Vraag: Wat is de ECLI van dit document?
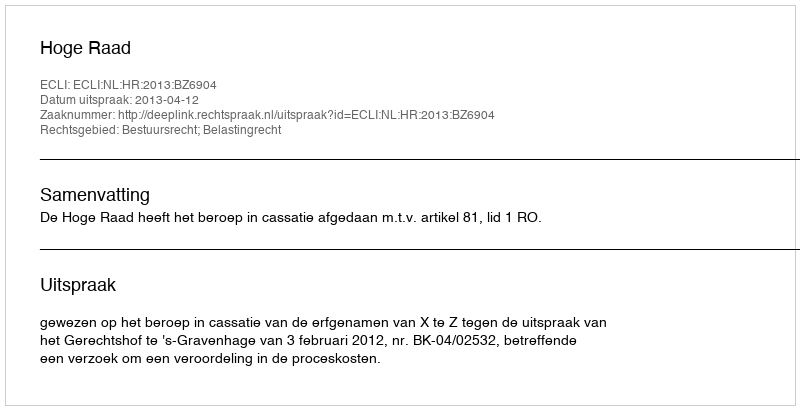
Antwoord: ECLI:NL:HR:2013:BZ6904